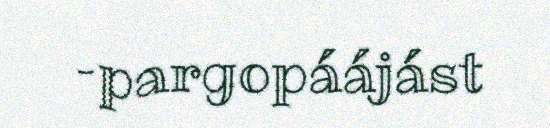
–pargopáájást